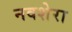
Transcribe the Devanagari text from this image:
नवशेरा